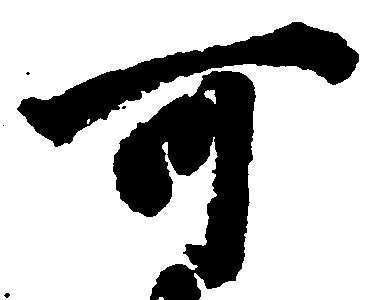
可